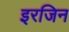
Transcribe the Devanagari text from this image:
इरजिन